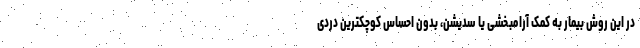
در این روش بیمار به کمک آرامبخشی یا سدیشن، بدون احساس کوچکترین دردی